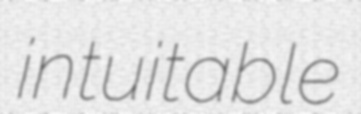
intuitable